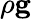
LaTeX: \rho{\mathbf g}